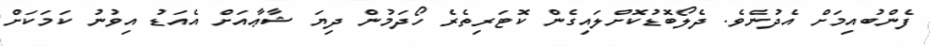
ފެންބުއިމަށް އެދުނެވެ. ދެލޯބޮޑުކޮށްލައިގެން ކޮޓަރިތެރެ ހޯދަމުން ދިޔަ ޝާޢާއަށް އެއަޑު އިވުނު ކަމަކަށް